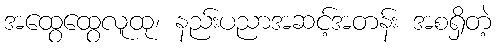
အထွေထွေလူထု၊ နည်းပညာအဆင့်အတန်း အစရှိတဲ့